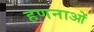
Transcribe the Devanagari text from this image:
हणनाओं